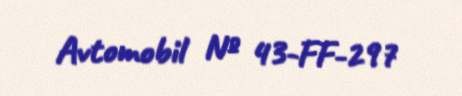
Avtomobil № 43-FF-297